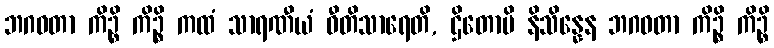
ဘဂဝတာ ကိဉ္စိ ကိဉ္စိ ကထံ သာရဏီယံ ဝီတိသာရေတိ, ဌိတောပိ နိသိန္နေန ဘဂဝတာ ကိဉ္စိ ကိဉ္စိ